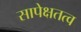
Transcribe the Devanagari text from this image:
सापेक्षतत्व